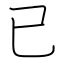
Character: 已